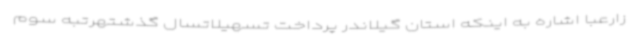
زارعبا اشاره به اینکه استان گیلاندر پرداخت تسهیلاتسال گذشتهرتبه سوم